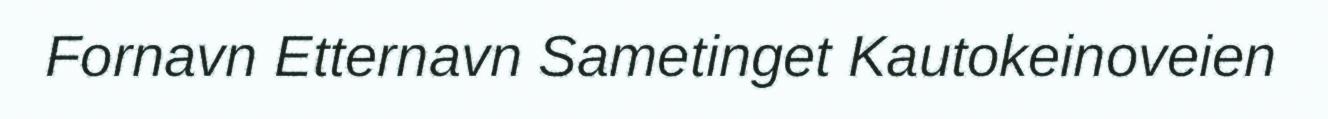
Fornavn Etternavn Sametinget Kautokeinoveien